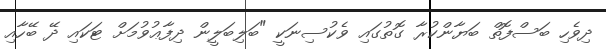
ދިވެހި ބަސްފޮތް ބަޔާންކުރާ ގޮތުގައި ވެކުސިނަކީ "ބަލިބަލީން ދިފާޢުވުމަށް ޓަކައި ދޭ ބޭހާއި